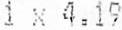
1 X 4.19